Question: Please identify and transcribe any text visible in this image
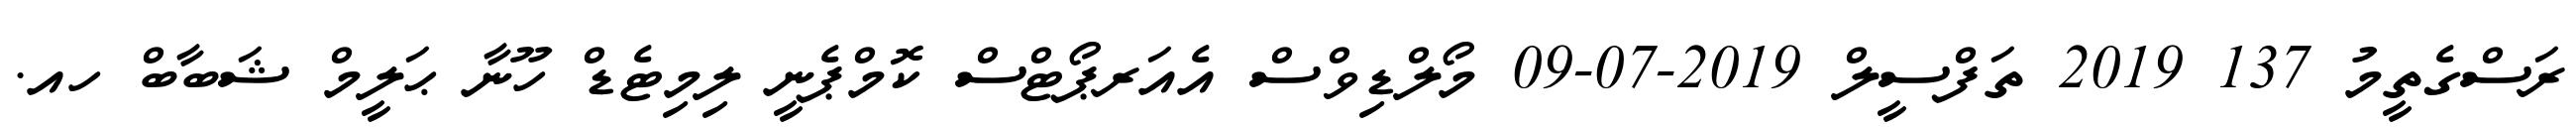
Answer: ރަސްގެތީމު 137 2019 ތަފްސީލް 2019-07-09 މޯލްޑިވްސް އެއަރޕޯޓްސް ކޮމްޕެނީ ލިމިޓެޑް ހޫނާ ޙަލީމް ޝަބާބް ހއ.